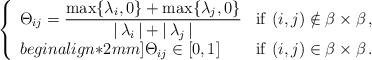
LaTeX: \begin{align*}\left\{ \begin{array}{ll} \Theta_{ij} =\displaystyle{\frac{\max\{\lambda_i,0\} + \max\{\lambda_j,0\}}{ | \, \lambda_i\, | +| \, \lambda_j \, |}}& {\rm if}\ (i, j) \notin \beta\times\beta\, ,\\begin{align*}2mm] \Theta_{ij} \in [0,1] & {\rm if}\ (i, j) \in\beta\times \beta\, .\end{array} \right.\end{align*}